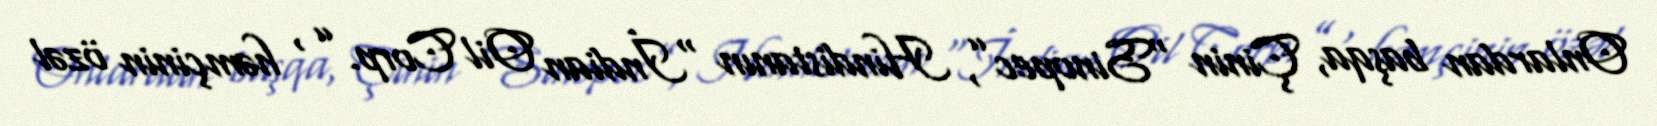
Onlardan başqa, Çinin “Sinopec”, Hindistanın “İndian Oil Corp.” , həmçinin özəl